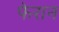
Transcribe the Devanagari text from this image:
फेरान